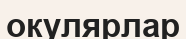
окулярлар